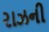
રાઝની